Indian journal of veterinary science and animal husbandry - Volume 9,
Year: 1939
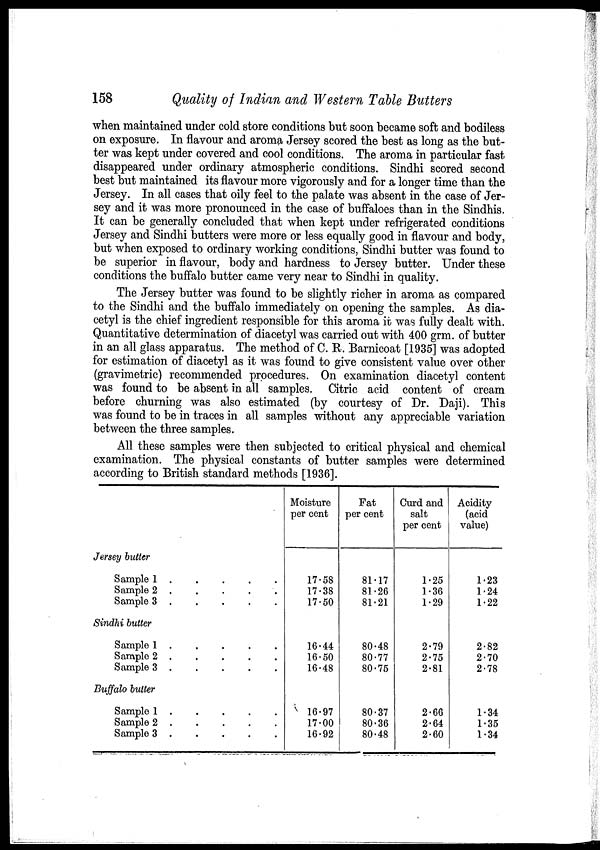
158
Quality of Indian and Western Table Butters
when maintained under cold store conditions but soon became soft and bodiless
on exposure. In flavour and aroma Jersey scored the best as long as the but-
ter was kept under covered and cool conditions. The aroma in particular fast
disappeared under ordinary atmospheric conditions. Sindhi scored second
best but maintained its flavour more vigorously and for a longer time than the
Jersey. In all cases that oily feel to the palate was absent in the case of Jer-
sey and it was more pronounced in the case of buffaloes than in the Sindhis.
It can be generally concluded that when kept under refrigerated conditions
Jersey and Sindhi butters were more or less equally good in flavour and body,
but when exposed to ordinary working conditions, Sindhi butter was found to
be superior in flavour, body and hardness to Jersey butter. Under these
conditions the buffalo butter came very near to Sindhi in quality.
The Jersey butter was found to be slightly richer in aroma as compared
to the Sindhi and the buffalo immediately on opening the samples. As dia-
cetyl is the chief ingredient responsible for this aroma it was fully dealt with.
Quantitative determination of diacetyl was carried out with 400 grm. of butter
in an all glass apparatus. The method of C. R. Barnicoat [1935] was adopted
for estimation of diacetyl as it was found to give consistent value over other
(gravimetric) recommended procedures. On examination diacetyl content
was found to be absent in all samples. Citric acid content of cream
before churning was also estimated (by courtesy of Dr. Daji). This
was found to be in traces in all samples without any appreciable variation
between the three samples.
All these samples were then subjected to critical physical and chemical
examination. The physical constants of butter samples were determined
according to British standard methods [1936].
Jersey butter
Sample
1.
.
.
.
.
Sample 2
.
.
.
.
.
Sample 3
.
.
.
.
.
Sindhi butter
Sample 1
.
.
.
.
.
Sample 2
.
.
.
.
.
Sample 3
.
.
.
.
.
Buffalo butter
Sample 1
.
.
.
.
.
Sample 2 . . . . .
Sample 3 . . . . .
Moisture
per cent
17.58
17.38
17.50
16.44
16.50
16.48
16.97
17.00
16.92
Fat
per cent
81.17
81.26
81.21
80.48
80.77
80.75
80.37
80.36
80.48
Curd and
salt
per cent
1.25
1.36
1.29
2.79
2.75
2.81
2.66
2.64
2.60
Acidity
(acid
value)
1.23
1.24
1.22
2.82
2.70
2.78
1.34
1.35
1.34